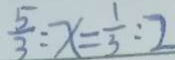
\frac { 5 } { 3 } : x = \frac { 1 } { 3 } : 2